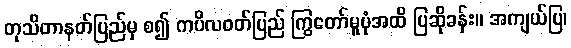
တုသိတာနတ်ပြည်မှ စ၍ ကပိလဝတ်ပြည် ကြွတော်မူပုံအထိ ပြဆိုခန်း။ အကျယ်ပြ၊